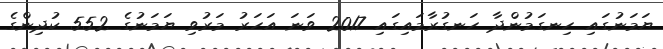
ޔަމަނުގައި ހިނގަމުންދާ ހަނގުރާމައިގައި 2017 ވަނަ އަހަރު މަރުވި ޔަމަނުގެ 552 ކުދިންގެ